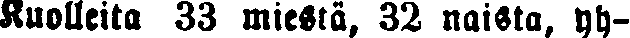
Kuolleita 33 miestä, 32 naista, yh-